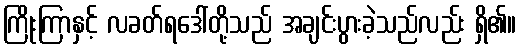
ကြိုးကြာနှင့် လခတ်ရဒေါ်တို့သည် အချင်းပွားခဲ့သည်လည်း ရှိ၏။